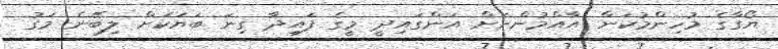
ޔޯގާގެ މުހިންމުކަން އާއްމުންނަށް އަންގައިދީ މީގެ ފައިދާ ގިނަ ބަޔަކަށް ލިބޭނެ މަގު